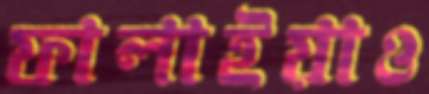
ফালাইয়াও